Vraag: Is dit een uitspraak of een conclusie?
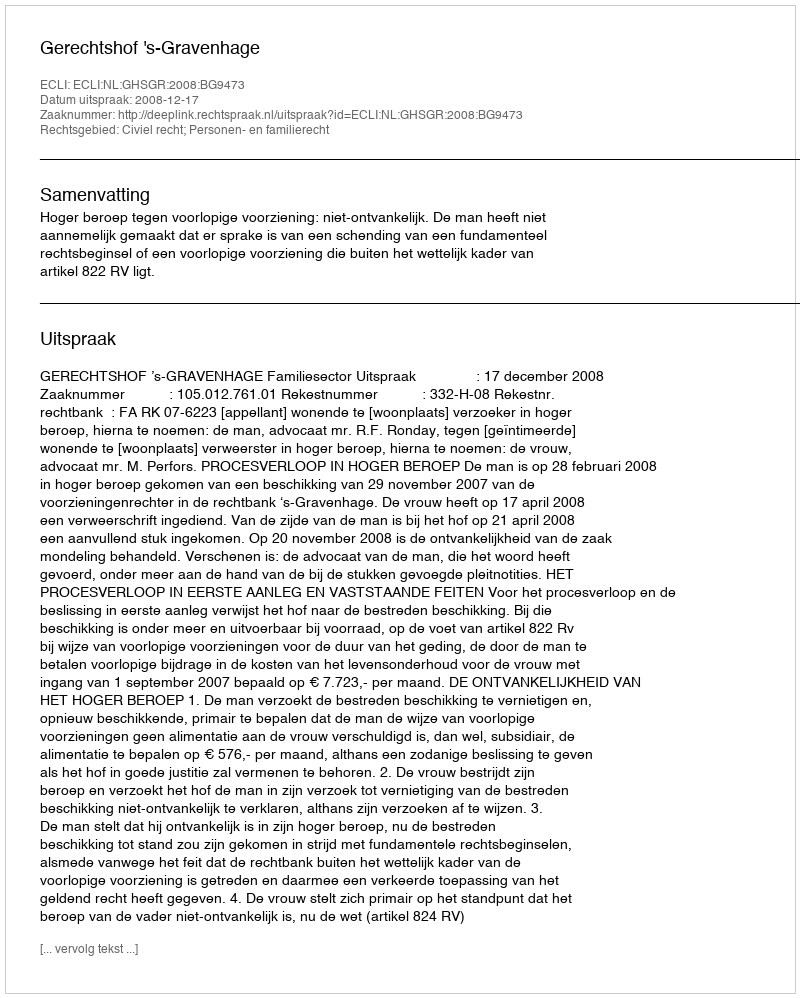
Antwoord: Uitspraak